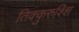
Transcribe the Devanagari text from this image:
तिक्कुरुश्शि